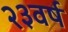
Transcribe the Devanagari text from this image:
२३वर्ष